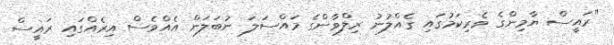
"ރައީސް ޔާމިންގެ ވެރިކަމުގައި ގެއްލުނު ރިލްވާންގެ މައްސަލަ ނުބަލަން އެއްވެސް އިރެއްގައި ރައީސް